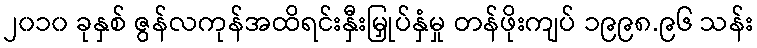
၂၀၁၀ ခုနှစ် ဇွန်လကုန်အထိရင်းနှီးမြှုပ်နှံမှု တန်ဖိုးကျပ် ၁၉၉၈.၉၆ သန်း